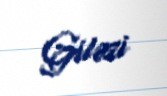
Giləzi